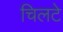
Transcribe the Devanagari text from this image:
चिलटे